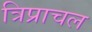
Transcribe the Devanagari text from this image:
त्रिप्राचल